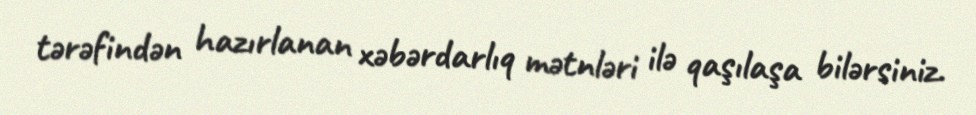
tərəfindən hazırlanan xəbərdarlıq mətnləri ilə qaşılaşa bilərsiniz.